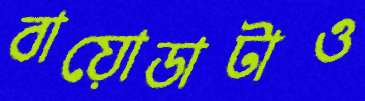
বায়োডাটাও